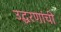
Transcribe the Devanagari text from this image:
उद्धरणांची